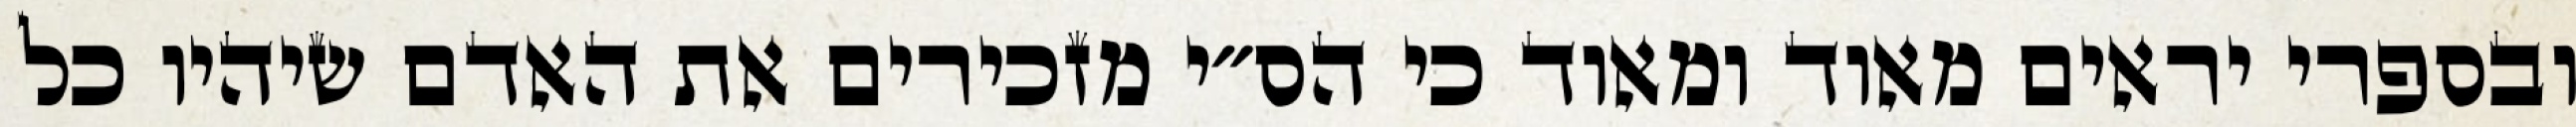
ובספרי יראים מאוד ומאוד כי הס״י מזכירים את האדם שיהיו כל